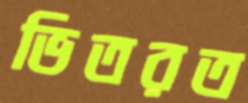
ভিতরত